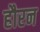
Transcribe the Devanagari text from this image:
हौरन